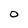
Character: o